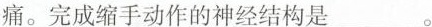
痛。完成缩手动作的神经结构是___。